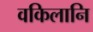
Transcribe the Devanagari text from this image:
वकिलानि